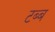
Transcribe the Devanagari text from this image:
टब्ब